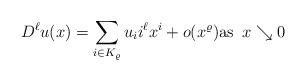
LaTeX: \begin{align*}D^\ell u(x) = \sum_{i \in K_\varrho} u_i i^\ell x^i + o(x^\varrho) \mbox{as } \, x \searrow 0 \end{align*}